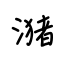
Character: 潴